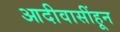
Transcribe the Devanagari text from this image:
आदीवासींहून